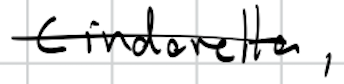
Text: Cinderella,
Cross-out: single-line
Writing tool: digital_black